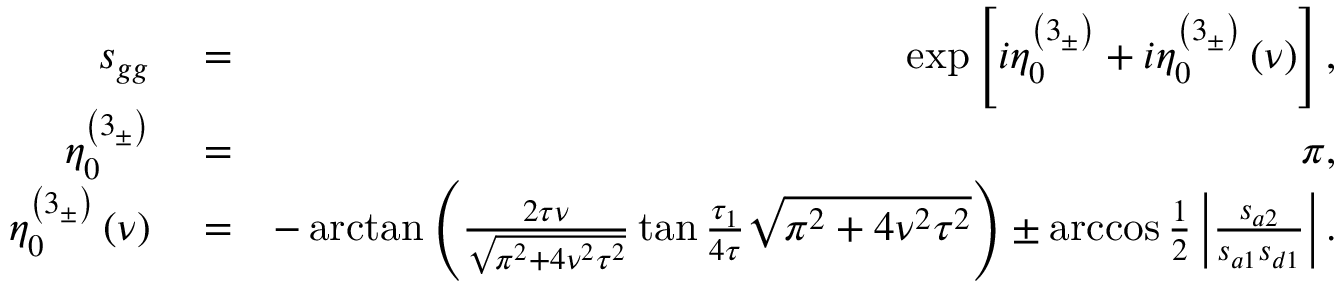
\begin{array} { r l r } { s _ { g g } } & { { } = } & { \exp \left[ i \eta _ { 0 } ^ { \left( 3 _ { \pm } \right) } + i \eta _ { 0 } ^ { \left( 3 _ { \pm } \right) } \left( \nu \right) \right] , } \\ { \eta _ { 0 } ^ { \left( 3 _ { \pm } \right) } } & { { } = } & { \pi , } \\ { \eta _ { 0 } ^ { \left( 3 _ { \pm } \right) } \left( \nu \right) } & { { } = } & { - \arctan \left( \frac { 2 \tau \nu } { \sqrt { \pi ^ { 2 } + 4 \nu ^ { 2 } \tau ^ { 2 } } } \tan \frac { \tau _ { 1 } } { 4 \tau } \sqrt { \pi ^ { 2 } + 4 \nu ^ { 2 } \tau ^ { 2 } } \right) \pm \operatorname { a r c c o s } \frac { 1 } { 2 } \left\vert \frac { s _ { a 2 } } { s _ { a 1 } s _ { d 1 } } \right\vert . } \end{array}